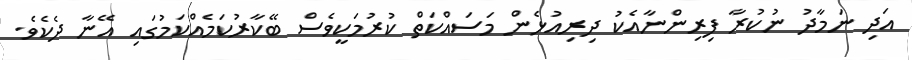
އަދި ނަމާދު ނުކުރާ ފިރިންނާއެކު ދިރިއުޅެން މަސައްކަތް ކުރުމަކީވެސް ބޭކާރުކަމެއްކަމުގައި އޭނާ ދެކެވެ.